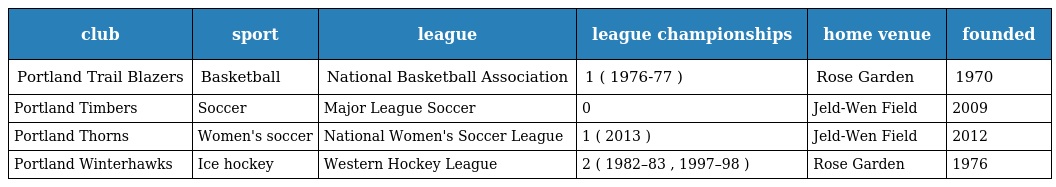
| club | sport | league | league championships | home venue | founded |
 | --- | --- | --- | --- | --- | --- |
 | Portland Trail Blazers | Basketball | National Basketball Association | 1 ( 1976-77 ) | Rose Garden | 1970 |
 | Portland Timbers | Soccer | Major League Soccer | 0 | Jeld-Wen Field | 2009 |
 | Portland Thorns | Women's soccer | National Women's Soccer League | 1 ( 2013 ) | Jeld-Wen Field | 2012 |
 | Portland Winterhawks | Ice hockey | Western Hockey League | 2 ( 1982–83 , 1997–98 ) | Rose Garden | 1976 |